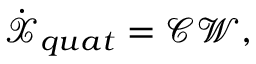
\dot { \boldsymbol { \mathcal { X } } } _ { q u a t } = \boldsymbol { \mathcal { C } } \boldsymbol { \mathcal { W } } ,